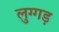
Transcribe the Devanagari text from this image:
लुग्गड़